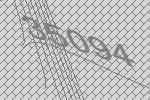
35094